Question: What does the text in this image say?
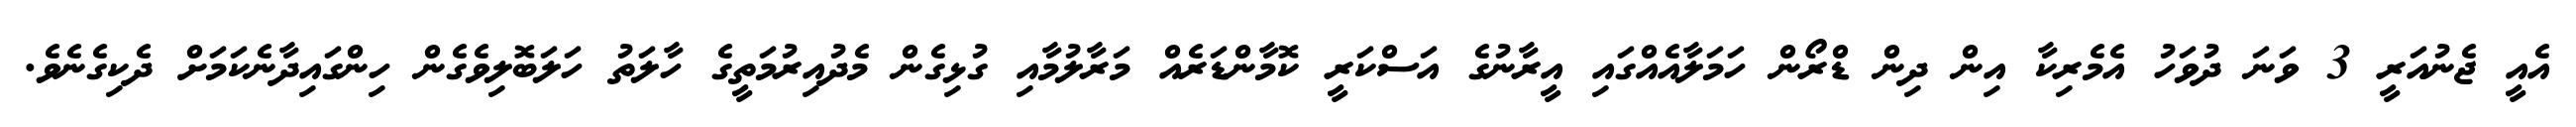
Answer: އެއީ ޖެނުއަރީ 3 ވަނަ ދުވަހު އެމެރިކާ އިން ދިން ޑްރޯން ހަމަލާއެއްގައި އީރާނުގެ އަސްކަރީ ކޮމާންޑަރެއް މަރާލުމާއި ގުޅިގެން މެދުއިރުމަތީގެ ހާލަތު ހަލަބޮލިވެގެން ހިންގައިދާނެކަމަށް ދެކިގެނެވެ.